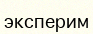
эксперим